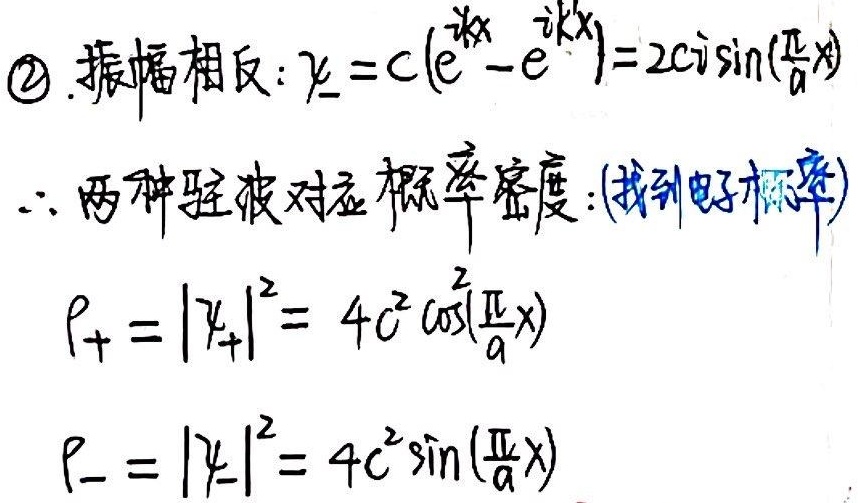
\textcircled{2}. 振幅相反：$\psi_{-}=c\left(e^{-i\frac{\pi}{a}x}-e^{i\frac{\pi}{a}x}\right)=2ci\sin\left(\frac{\pi}{a}x\right)$。
$\therefore$ 两种驻波对应概率密度（找到电子概率）：
$\rho_{+}=\left|\psi_{+}\right|^{2}=4c^{2}\cos^{2}\left(\frac{\pi}{a}x\right)$
$\rho_{-}=\left|\psi_{-}\right|^{2}=4c^{2}\sin^{2}\left(\frac{\pi}{a}x\right)$